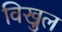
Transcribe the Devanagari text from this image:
विखुल